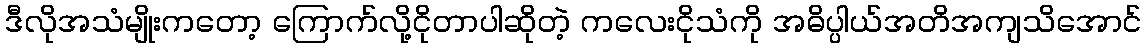
ဒီလိုအသံမျိုးကတော့ ကြောက်လို့ငိုတာပါဆိုတဲ့ ကလေးငိုသံကို အဓိပ္ပါယ်အတိအကျသိအောင်